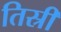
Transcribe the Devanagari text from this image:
तिस्री